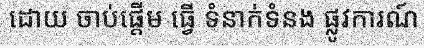
ដោយ ចាប់ផ្តើម ធ្វើ ទំនាក់ទំនង ផ្លូវការណ៍